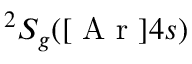
^ 2 S _ { g } ( [ \mathrm { ~ A ~ r ~ } ] 4 s )